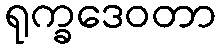
ရုက္ခဒေဝတာ